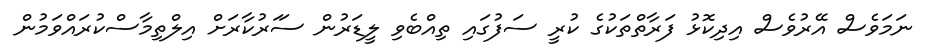
ނަމަވެސް އޭރުވެސް އިދިކޮޅު ފަރާތްތަކުގެ ކުރީ ސަފުގައި ތިއްބެވި ލީޑަރުން ސަަރުކާރަށް އިލްތިމާސްކުރައްވަމުން